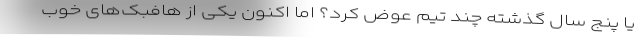
یا پنج سال گذشته چند تیم عوض کرد؟ اما اکنون یکی از هافبک‌های خوب